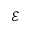
\mathcal E